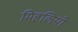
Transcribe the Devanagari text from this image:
मिहलियो